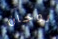
لوجان